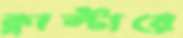
ক্লাস্টারে